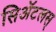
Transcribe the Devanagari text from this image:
सिॲटलस्